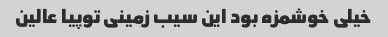
خیلی خوشمزه بود این سیب زمینی توپیا عالین